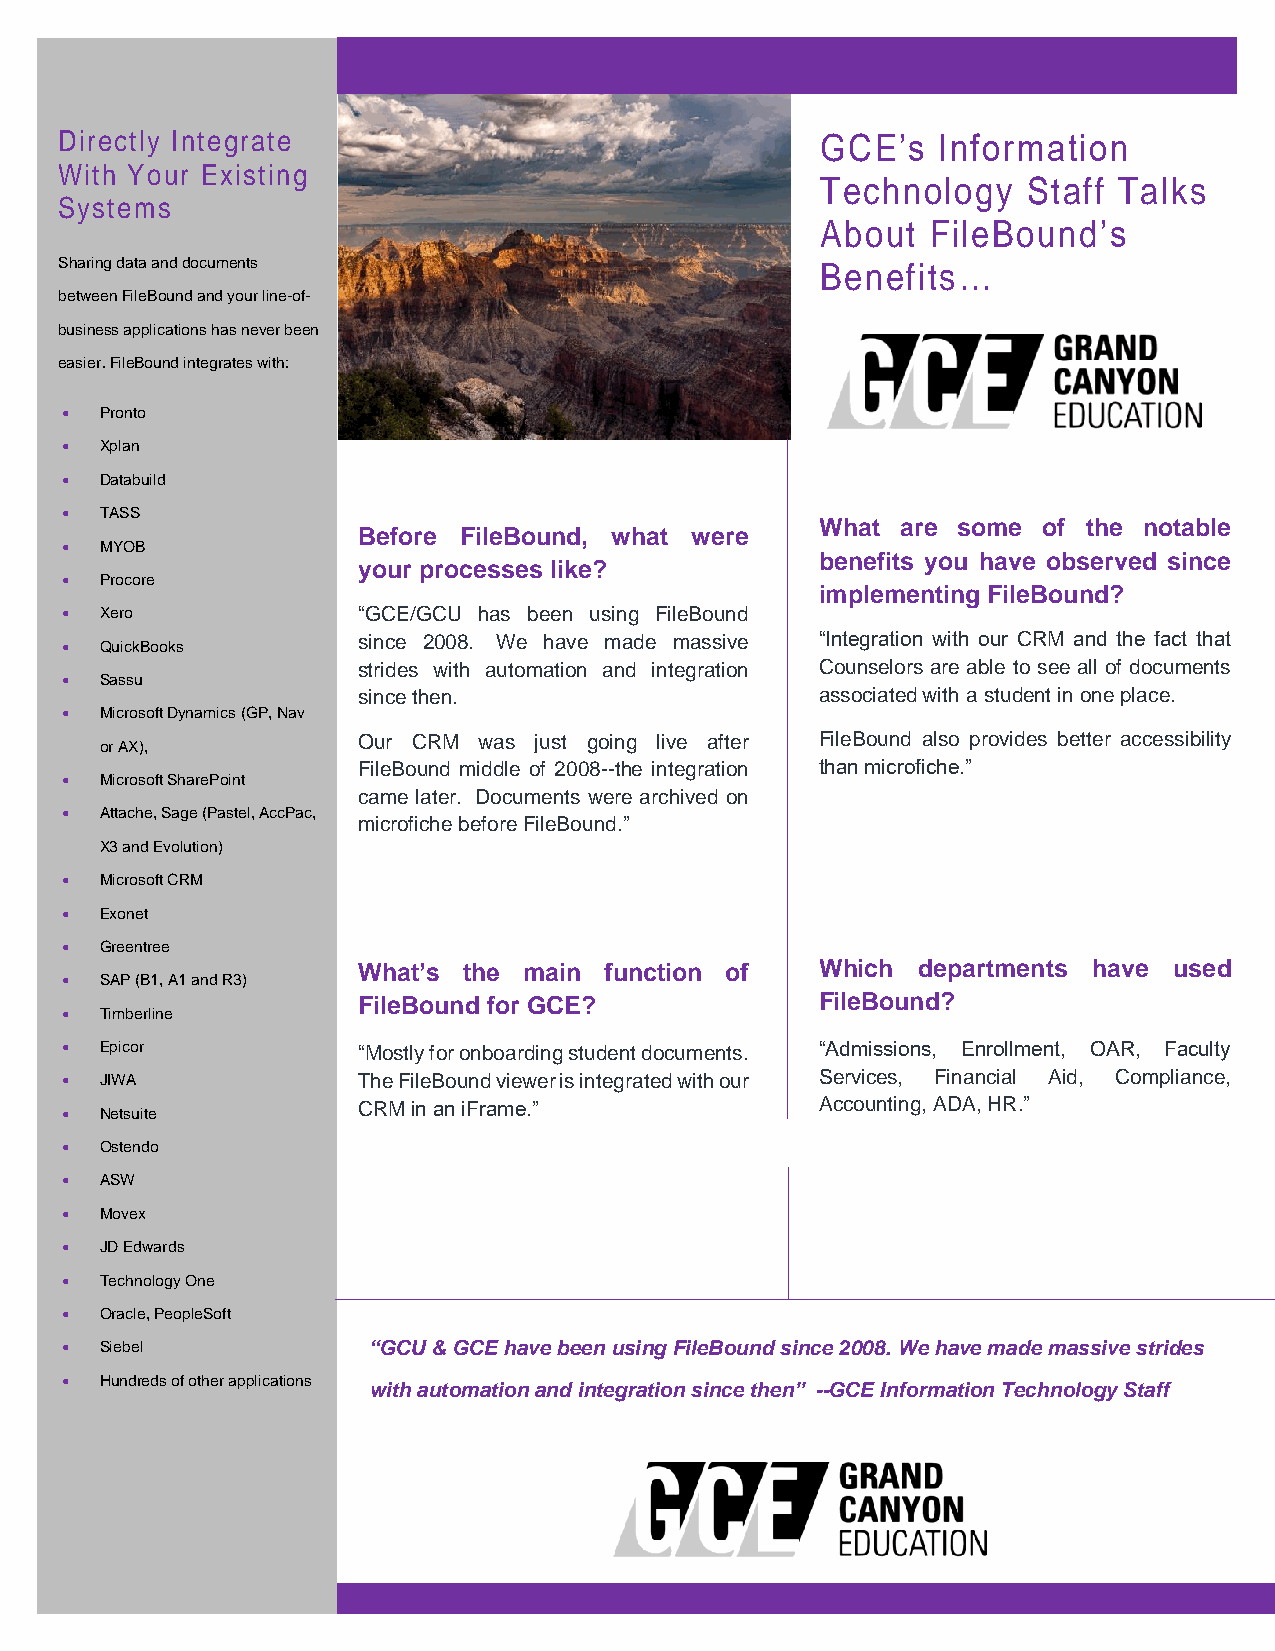
Directly Integrate                                GCE’s   Information
 With Your Existing
 Technology    Staff Talks
 Systems
 About   FileBound’s
 Sharing data and documents                        Benefits…
 between FileBound and your line-of-
 business applications has never been
 easier. FileBound integrates with:
 •  Pronto
 •  Xplan
 •  Databuild
 •  TASS
 What  are some of the notable
 Before FileBound, what were
 •  MYOB
 benefits you have observed since
 your processes like?
 •  Procore
 implementing FileBound?
 •  Xero             “GCE/GCU has been using FileBound
 since 2008. We have made massive “Integration with our CRM and the fact that
 •  QuickBooks
 strides with automation and integration Counselors are able to see all of documents
 •  Sassu
 since then.                   associated with a student in one place.
 •  Microsoft Dynamics (GP, Nav
 Our CRM was just going live after FileBound also provides better accessibility
 or AX),
 FileBound middle of 2008--the integration than microfiche.”
 •  Microsoft SharePoint
 came later. Documents were archived on
 •  Attache, Sage (Pastel, AccPac,
 microfiche before FileBound.”
 X3 and Evolution)
 •  Microsoft CRM
 •  Exonet
 •  Greentree
 What’s the main function of   Which  departments have used
 •  SAP (B1, A1 and R3)
 FileBound for GCE?            FileBound?
 •  Timberline
 •  Epicor           “Mostly for onboarding student documents. “Admissions, Enrollment, OAR, Faculty
 •  JIWA             The FileBound viewer is integrated with our Services, Financial Aid, Compliance,
 CRM in an iFrame.”            Accounting, ADA, HR.”
 •  Netsuite
 •  Ostendo
 •  ASW
 •  Movex
 •  JD Edwards
 •  Technology One
 •  Oracle, PeopleSoft
 •  Siebel           “GCU & GCE have been using FileBound since 2008. We have made massive strides
 •  Hundreds of other applications
 with automation and integration since then” --GCE Information Technology Staff